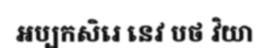
អប្បកសិរេ នេវ បថ វិយា